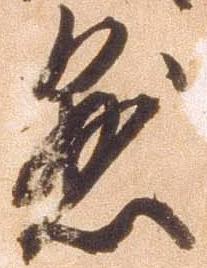
懇